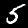
Label: 5